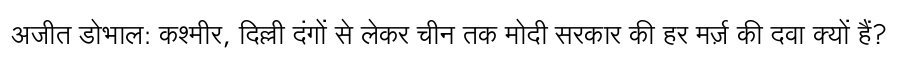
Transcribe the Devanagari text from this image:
अजीत डोभाल: कश्मीर, दिल्ली दंगों से लेकर चीन तक मोदी सरकार की हर मर्ज़ की दवा क्यों हैं?